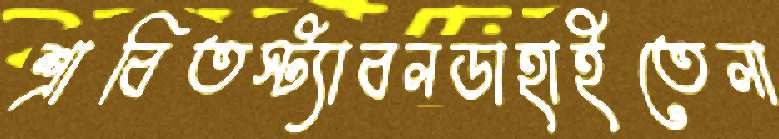
শ্রাবিতস্ট্যাবলডাহাইতেলা